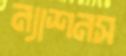
ন্যাশনস